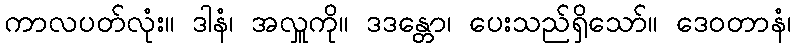
ကာလပတ်လုံး။ ဒါနံ၊ အလှူကို။ ဒဒန္တော၊ ပေးသည်ရှိသော်။ ဒေဝတာနံ၊